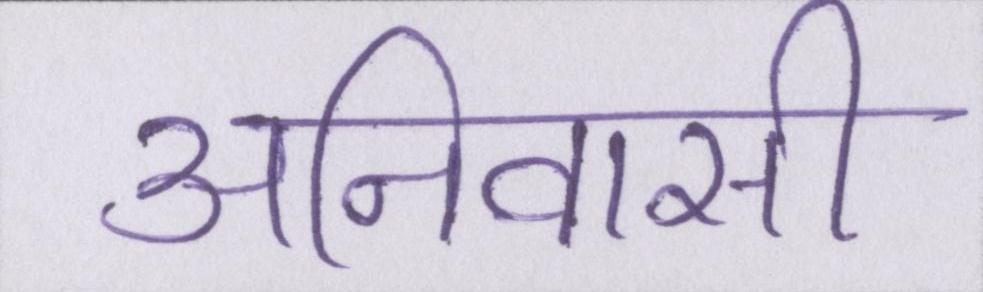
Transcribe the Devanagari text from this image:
अनिवासी